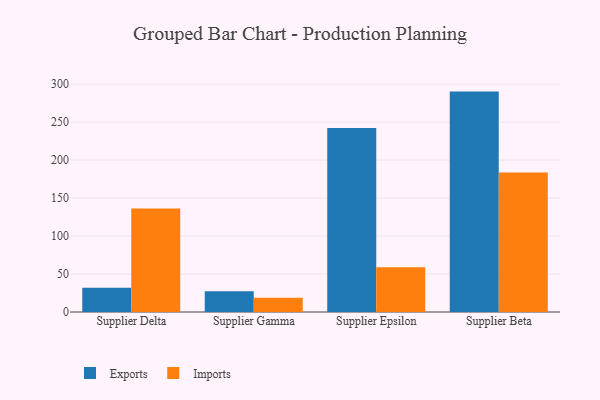
{"axis": {"x": "Supplier", "y": "Bounce Rate (%)"}, "legend": ["Exports", "Imports"], "data": [{"x": "Supplier Delta", "y": 31.8, "type": "Exports"}, {"x": "Supplier Delta", "y": 136.4, "type": "Imports"}, {"x": "Supplier Gamma", "y": 27.3, "type": "Exports"}, {"x": "Supplier Gamma", "y": 18.8, "type": "Imports"}, {"x": "Supplier Epsilon", "y": 242.2, "type": "Exports"}, {"x": "Supplier Epsilon", "y": 58.8, "type": "Imports"}, {"x": "Supplier Beta", "y": 290.2, "type": "Exports"}, {"x": "Supplier Beta", "y": 183.7, "type": "Imports"}]}